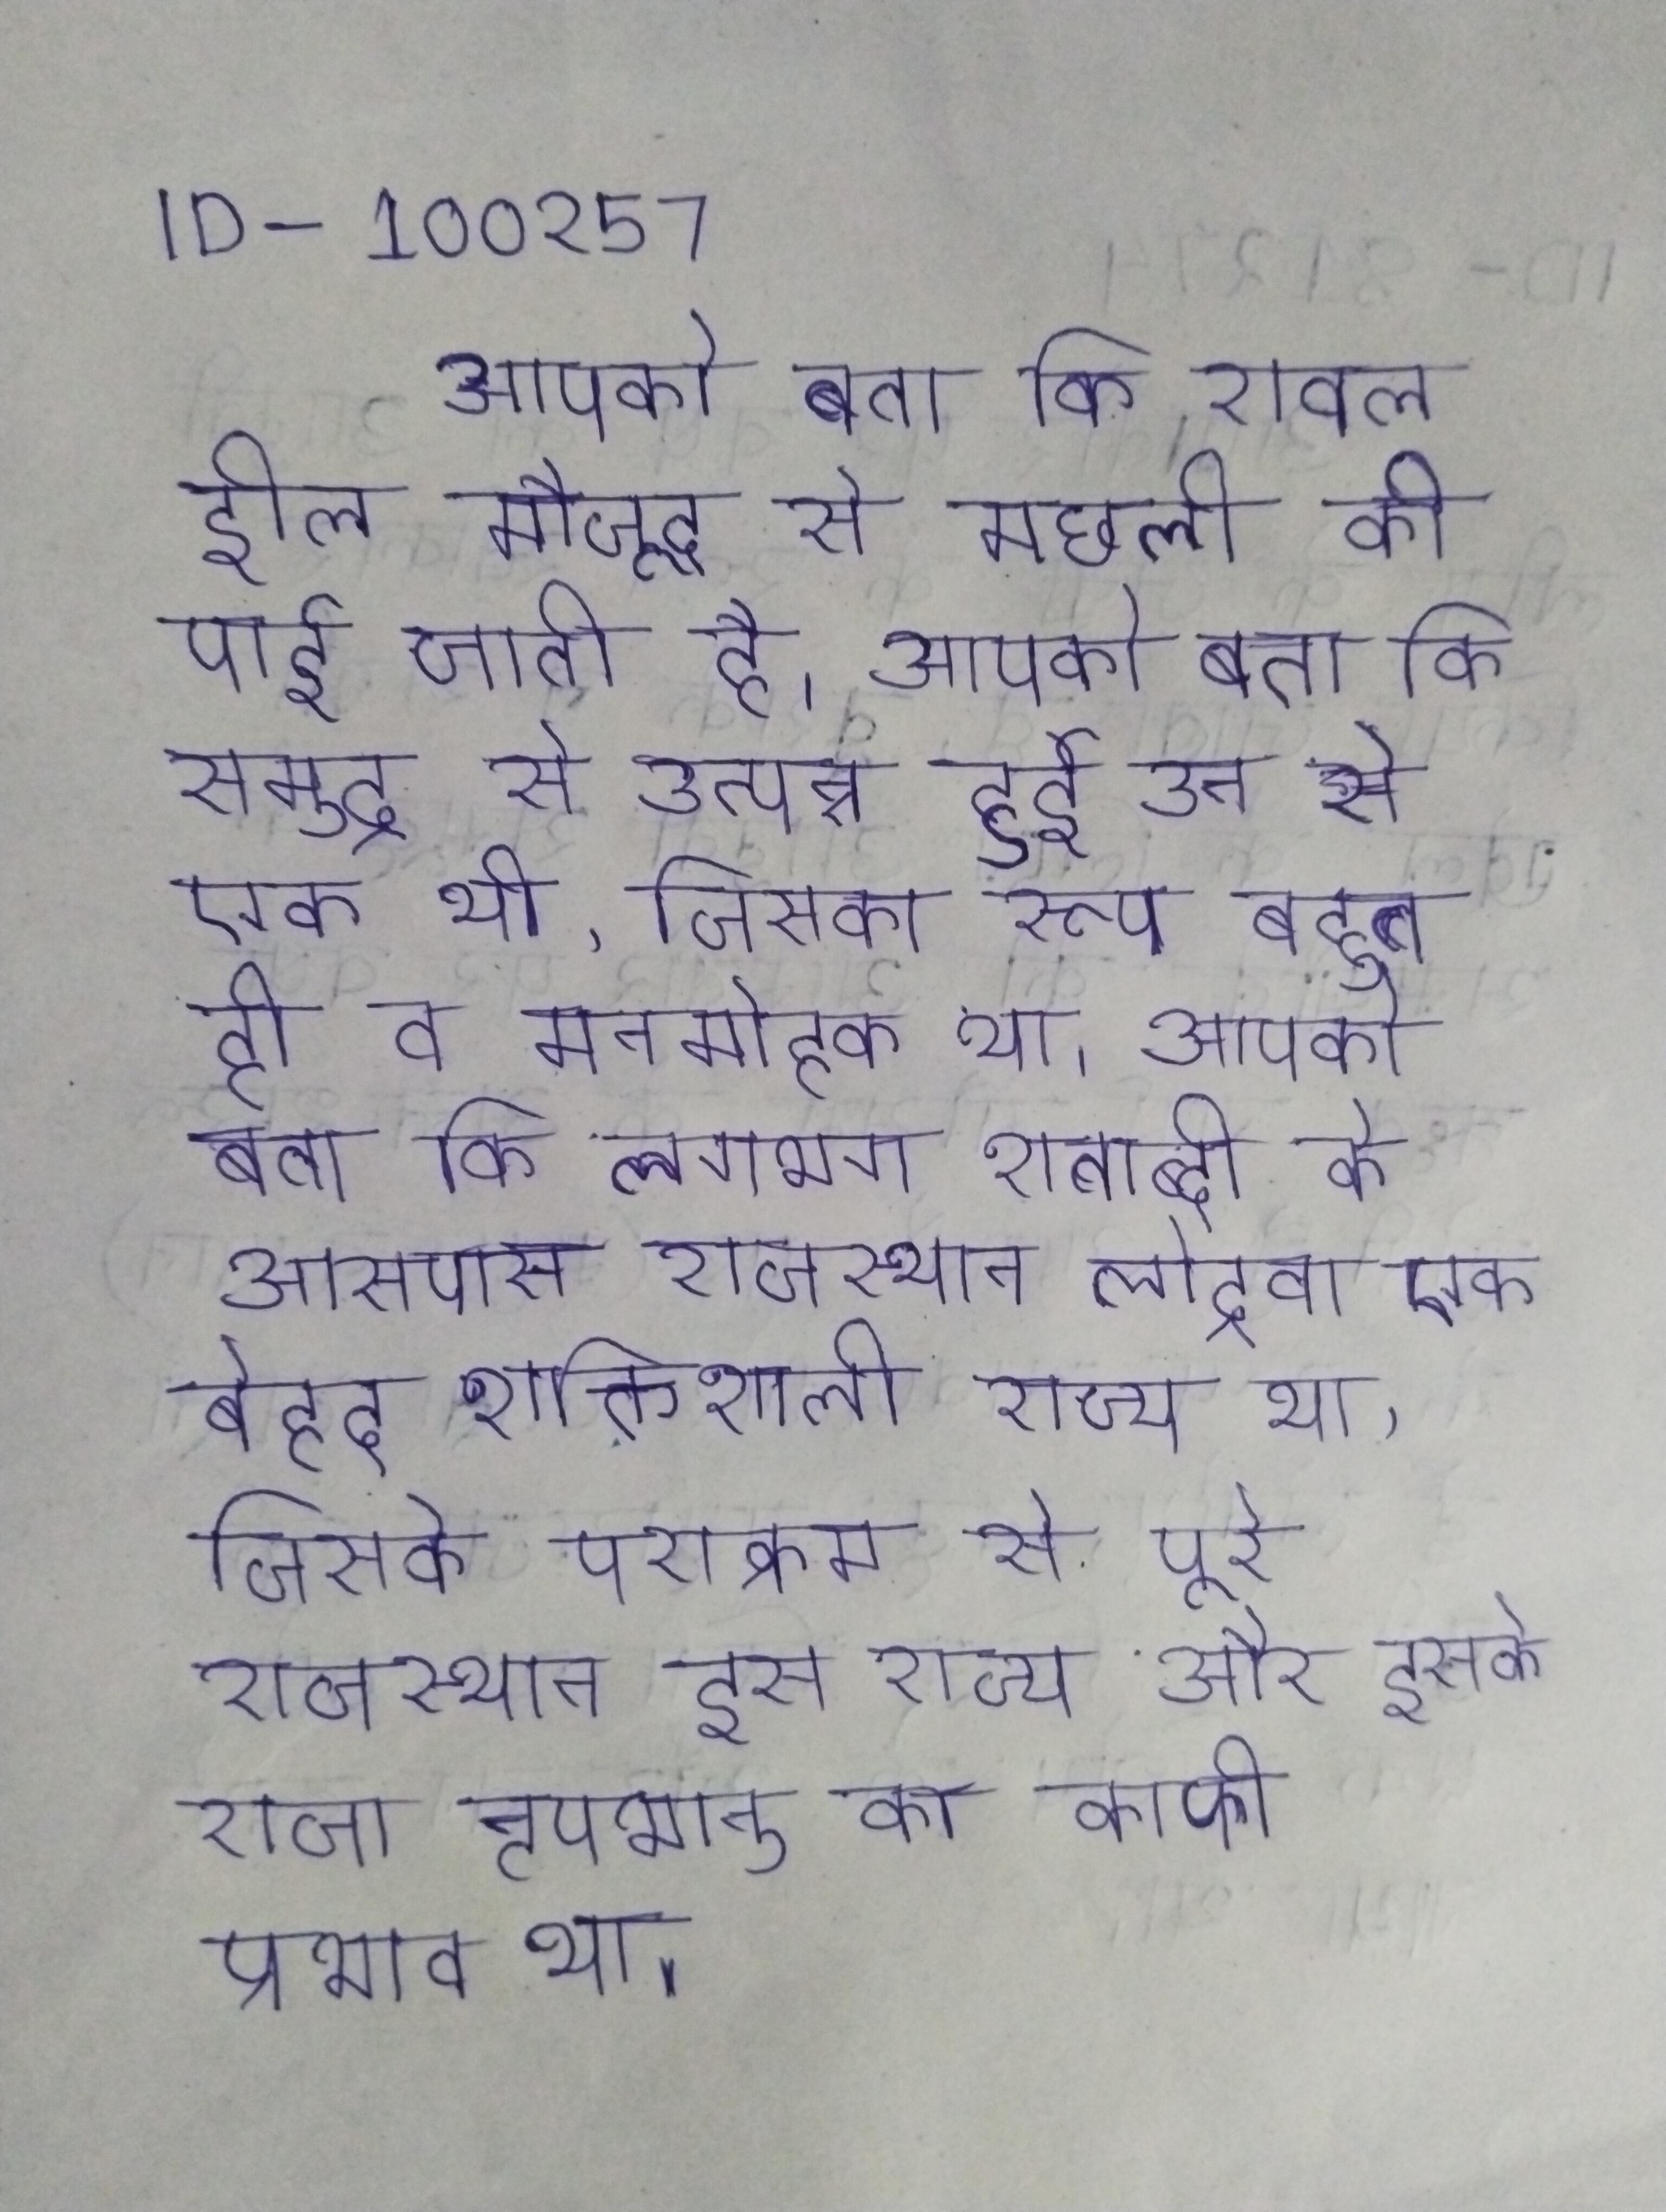
आपको बता कि रावल झील मौजूद से मछली की पाई जाती है । आपको बता कि समुद्र से उत्पन्न हुई उन से एक थी, जिसका रूप बहुत ही व मनमोहक था । आपको बता कि लगभग शताब्दी के आसपास राजस्थान लोद्रवा एक बेहद शक्तिशाली राज्य था, जिसके पराक्रम से पूरे राजस्थान इस राज्य और इसके राजा नृपभानु का काफी प्रभाव था ।